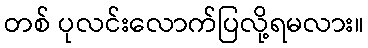
တစ် ပုလင်းလောက်ပြလို့ရမလား။